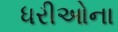
ધરીઓના